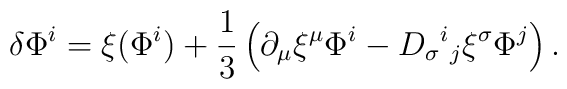
\delta\Phi^i=\xi(\Phi^i)+{\frac{1}{3}}\left(\partial_\mu\xi^\mu\Phi^i- D_{\sigma}{}^{i}{}_{j} \xi^\sigma \Phi^{j}\right).